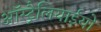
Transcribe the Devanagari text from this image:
ऑस्ट्रैलियाईयो